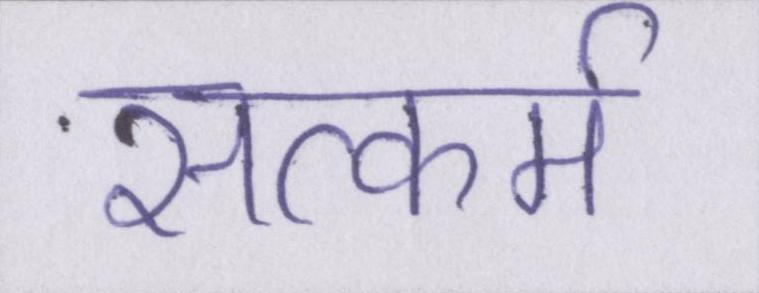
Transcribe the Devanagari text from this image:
सत्कर्म